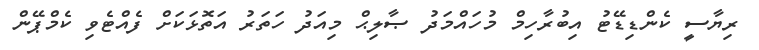
ރިޔާސީ ކެންޑިޑޭޓު އިބުރާހިމް މުހައްމަދު ޞާލިޙް މިއަދު ހަތަރު އަތޮޅަކަށް ފެއްޓެވި ކެމްޕޭން